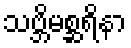
သဗ္ဘိမစ္ဆရိနာ